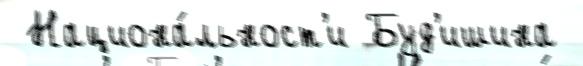
 Национа́льност'и Буд'ишина